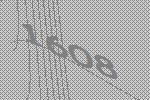
1608